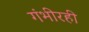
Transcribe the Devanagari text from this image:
गंभीरही